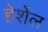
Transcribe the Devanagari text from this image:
हेर्शेल